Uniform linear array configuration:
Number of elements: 4
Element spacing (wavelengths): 0.25
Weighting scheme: hamming
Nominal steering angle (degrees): -45
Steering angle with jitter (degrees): -45.989
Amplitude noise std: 0.05
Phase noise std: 0.05

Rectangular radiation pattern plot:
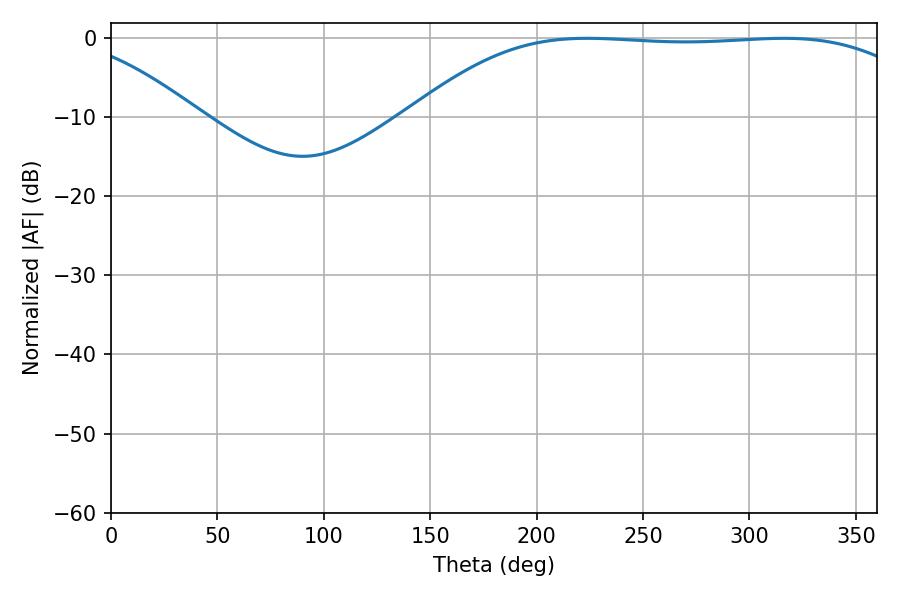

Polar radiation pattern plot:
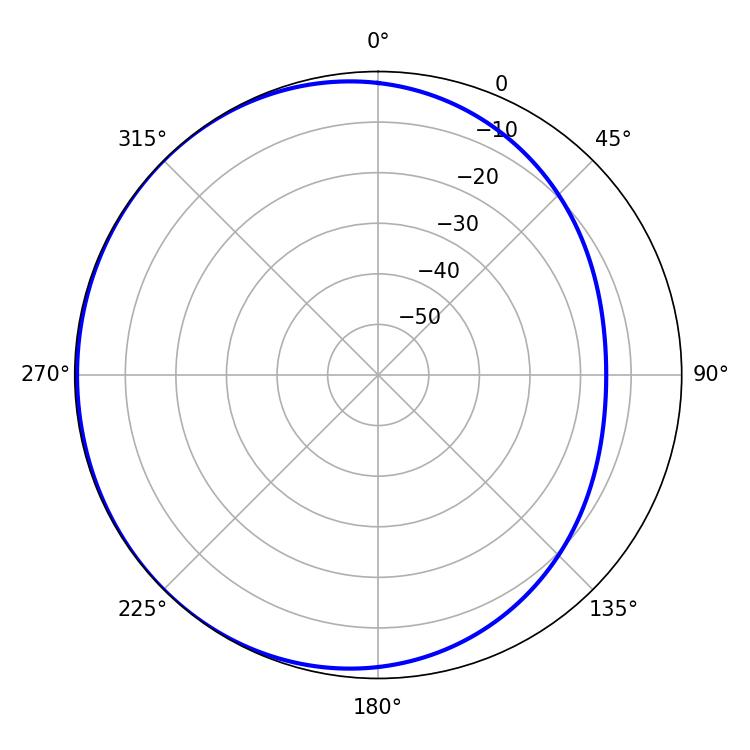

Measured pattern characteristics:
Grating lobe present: FALSE
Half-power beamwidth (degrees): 185.94
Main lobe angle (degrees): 223.74